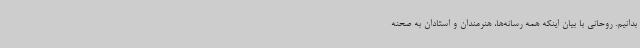
بدانیم. روحانی با بیان اینکه همه رسانه‌ها، هنرمندان و استادان به صحنه